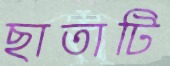
ছাতাটি